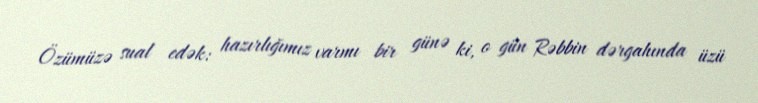
Özümüzə sual edək: hazırlığımız varmı bir günə ki, o gün Rəbbin dərgahında üzü